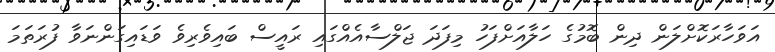
އަވަހާރަކޮށްލަން ދިން ބޮމުގެ ހަަލާއަށްފަހު މިފަދަ ޖަލްސާއެއްގައި ރައީސް ބައިވެރިވެ ވަޑައިގަންނަވާ ފުރަތަމަ